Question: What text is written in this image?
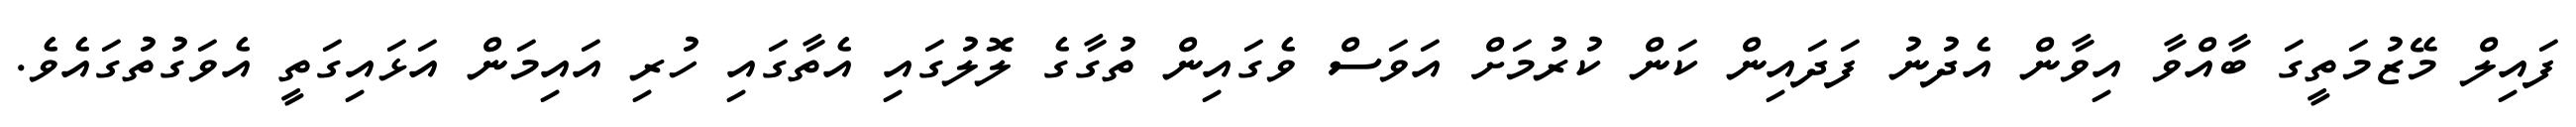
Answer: ފައިލް މޭޒުމަތީގަ ބާއްވާ އިވާން އެދުނު ފަދައިން ކަން ކުރުމަށް އަވަސް ވެގައިން ތުގާގެ ލޮލުގައި އެތާގައި ހުރި އައިމަން އަޅައިގަތީ އެވަގުތުގައެވެ.